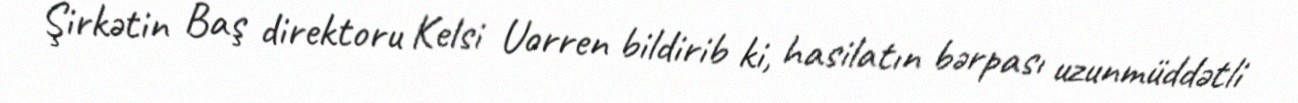
Şirkətin Baş direktoru Kelsi Uorren bildirib ki, hasilatın bərpası uzunmüddətli